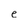
Character: e